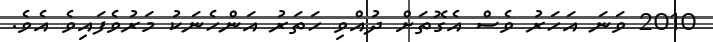
2010 ވަނަ އަހަރު ވެސް އެގޮތަށް ދުއްވި ހަތަރު އަންހެނަކު މަރުވެފައިވެ އެވެ.